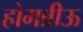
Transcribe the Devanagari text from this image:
होमब्रीऊ